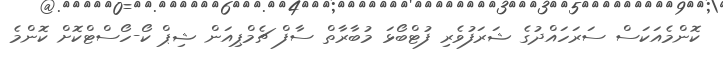
ކޮންމެއަކަސް ސަރަހައްދުގެ ޝަރަފުވެރި ފުޓްބޯޅަ މުބާރާތް ސާފް ޗެމްޕިއަން ޝިޕް ކޯ-ހޯސްޓްކޮށް ކޮންމެ